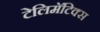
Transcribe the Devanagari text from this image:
टेलिमॅटिक्स